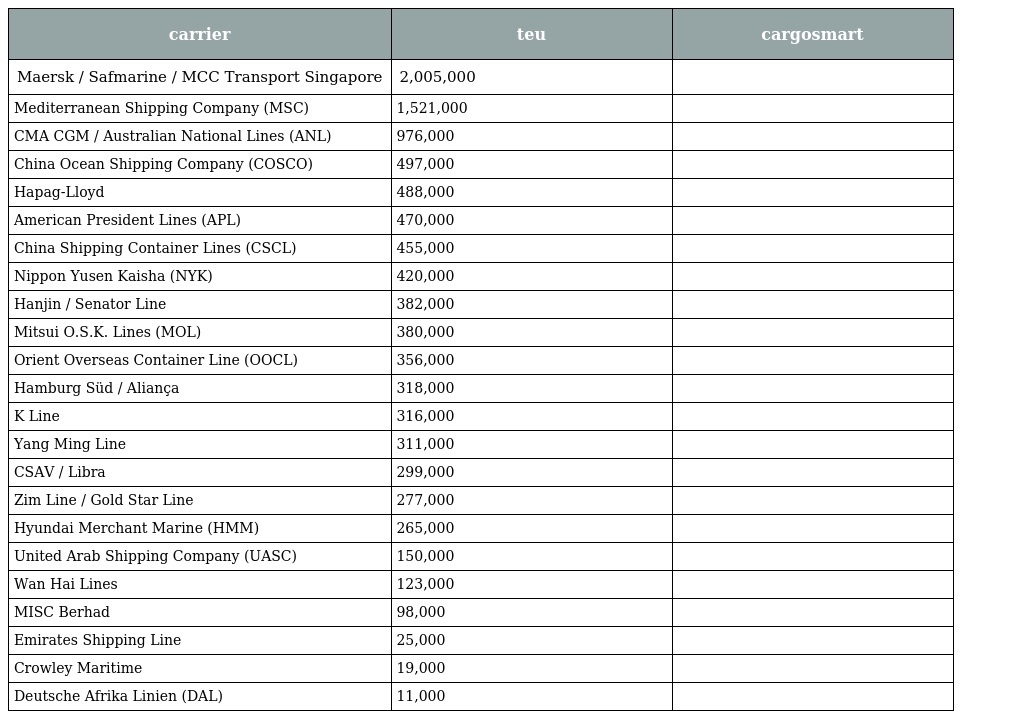
| carrier | teu | cargosmart |
 | --- | --- | --- |
 | Maersk / Safmarine / MCC Transport Singapore | 2,005,000 |  |
 | Mediterranean Shipping Company (MSC) | 1,521,000 |  |
 | CMA CGM / Australian National Lines (ANL) | 976,000 |  |
 | China Ocean Shipping Company (COSCO) | 497,000 |  |
 | Hapag-Lloyd | 488,000 |  |
 | American President Lines (APL) | 470,000 |  |
 | China Shipping Container Lines (CSCL) | 455,000 |  |
 | Nippon Yusen Kaisha (NYK) | 420,000 |  |
 | Hanjin / Senator Line | 382,000 |  |
 | Mitsui O.S.K. Lines (MOL) | 380,000 |  |
 | Orient Overseas Container Line (OOCL) | 356,000 |  |
 | Hamburg Süd / Aliança | 318,000 |  |
 | K Line | 316,000 |  |
 | Yang Ming Line | 311,000 |  |
 | CSAV / Libra | 299,000 |  |
 | Zim Line / Gold Star Line | 277,000 |  |
 | Hyundai Merchant Marine (HMM) | 265,000 |  |
 | United Arab Shipping Company (UASC) | 150,000 |  |
 | Wan Hai Lines | 123,000 |  |
 | MISC Berhad | 98,000 |  |
 | Emirates Shipping Line | 25,000 |  |
 | Crowley Maritime | 19,000 |  |
 | Deutsche Afrika Linien (DAL) | 11,000 |  |